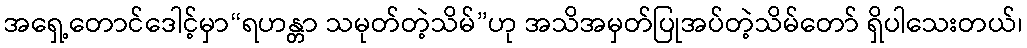
အရှေ့တောင်ဒေါင့်မှာ“ရဟန္တာ သမုတ်တဲ့သိမ်”ဟု အသိအမှတ်ပြုအပ်တဲ့သိမ်တော် ရှိပါသေးတယ်၊